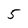
Character: 5